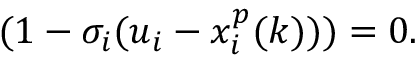
( 1 - \sigma _ { i } ( u _ { i } - x _ { i } ^ { p } ( k ) ) ) = 0 .